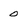
Character: 0